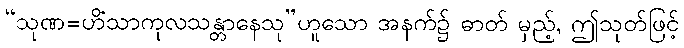
“သုဏ=ဟိံသာကုလသန္တာနေသု”ဟူသော အနက်၌ ဓာတ် မှည့်, ဤသုတ်ဖြင့်